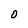
Character: O